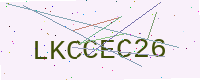
Text: LKCCEC26